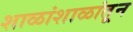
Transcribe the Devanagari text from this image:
शाळांशाळांतून